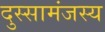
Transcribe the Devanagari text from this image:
दुस्सामंजस्य